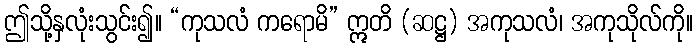
ဤသို့နှလုံးသွင်း၍။ “ကုသလံ ကရောမိ” ဣတိ (ဆဋ္ဌ) အကုသလံ၊ အကုသိုလ်ကို။